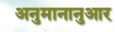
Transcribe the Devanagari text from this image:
अनुमानानुआर